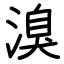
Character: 溴